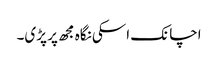
اچانک اسکی نگاہ مجھ پر پڑی۔